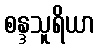
စန္ဒသူရိယာ